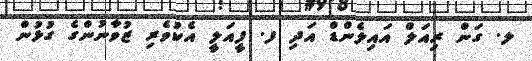
ލ. ގަން ރިއަލް އައިލެންޑް އަދި ފ. ފީއަލީ އެކުވެރި ޒުވާނުންގެ ގުޅުން